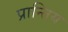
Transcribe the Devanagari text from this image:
प्रान्तिय